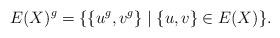
LaTeX: \begin{align*}E(X)^g = \{ \{u^g,v^g\} \mid \{u,v\} \in E(X)\}.\end{align*}